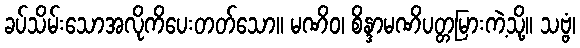
ခပ်သိမ်းသောအလိုကိပေးတတ်သော။ မဏိဝ၊ စိန္ဒာမဏိပတ္တမြားကဲ့သို့။ သဗ္ဗံ၊